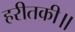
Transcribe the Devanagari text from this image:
हरीतकी॥